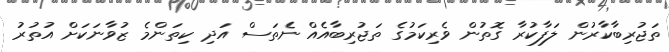
ތަޖުރިބާކާރުން ލަފާކުރާ ގޮތުން ވެރިކަމުގެ ތަޖުރިބާއެއް ނެތަސް އަދި ކިތަންމެ ޒުވާނަކަށް އުތުރު